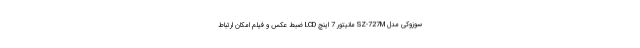
سوزوکی مدل SZ-727M مانیتور 7 اینچ LCD ضبط عکس و فیلم امکان ارتباط